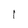
Character: l